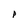
Character: P